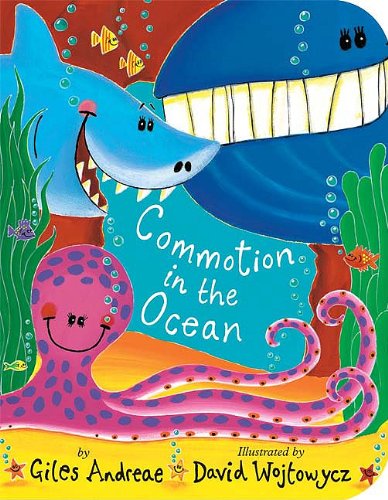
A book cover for Commotion in the Ocean; Giles Andreae; Children's Books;